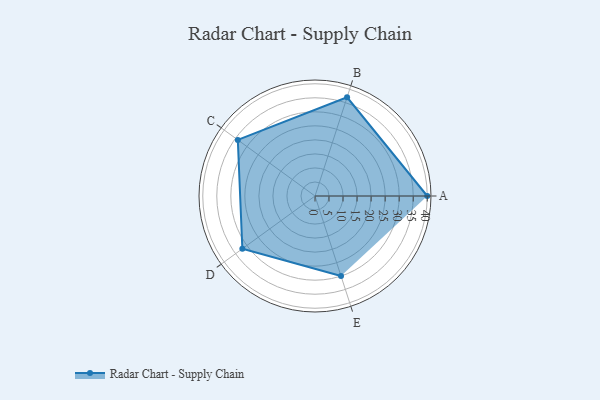
{"axis": {"x": "Skill", "y": "Score"}, "legend": ["Profile"], "data": [{"x": "A", "y": 40.0, "type": "Profile"}, {"x": "B", "y": 37.0, "type": "Profile"}, {"x": "C", "y": 34.0, "type": "Profile"}, {"x": "D", "y": 32.0, "type": "Profile"}, {"x": "E", "y": 30.0, "type": "Profile"}]}